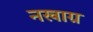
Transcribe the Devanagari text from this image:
नखाग्र